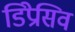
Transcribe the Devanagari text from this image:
डिप्रेसिव